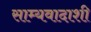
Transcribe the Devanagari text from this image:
साम्यवादाशी